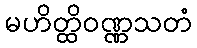
မဟိတ္ထိဝဏ္ဏသတံ